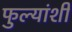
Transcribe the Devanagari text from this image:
फुल्यांशी